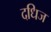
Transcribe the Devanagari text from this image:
दधिज